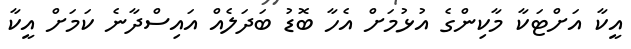
އީކާ އަށްޓަކާ މާކިންގެ އުޅުމަށް އެހާ ބޮޑު ބަދަލެއް އައިސްދާނެ ކަމަށް އީކާ